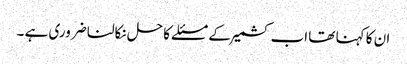
ان کا کہنا تھا اب کشمیر کے مسئلے کا حل نکالنا ضروری ہے ۔